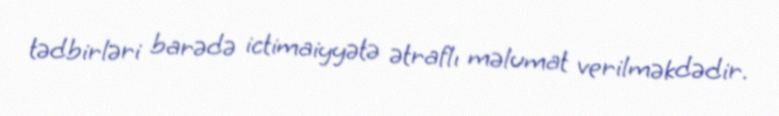
tədbirləri barədə ictimaiyyətə ətraflı məlumat verilməkdədir.